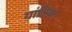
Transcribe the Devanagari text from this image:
यांत्रिक।